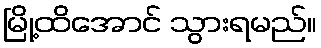
မြို့ထိအောင် သွားရမည်။